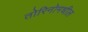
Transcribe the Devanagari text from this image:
तोरिनोमधील